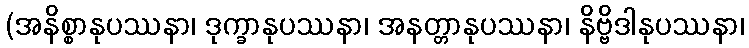
(အနိစ္စာနုပဿနာ၊ ဒုက္ခာနုပဿနာ၊ အနတ္တာနုပဿနာ၊ နိဗ္ဗိဒါနုပဿနာ၊